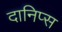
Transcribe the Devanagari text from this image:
दानिप्स